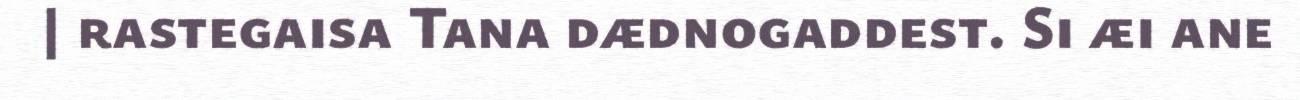
| rastegaisa Tana dædnogaddest. Si æi ane